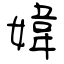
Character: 媁